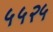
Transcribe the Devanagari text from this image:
५५२५